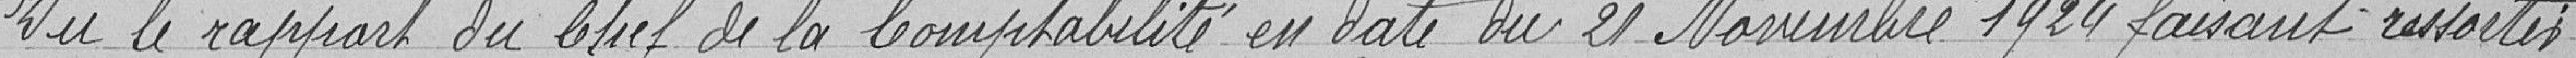
Vu le rapport du chef de la comptabilité en date du 21 novembre 1924 faisant ressortir